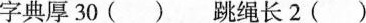
字典字典厚30( )跳绳长2( )